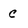
Character: c